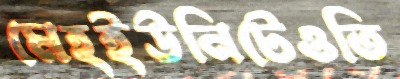
মেহইউনিটেওতি